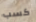
كسب